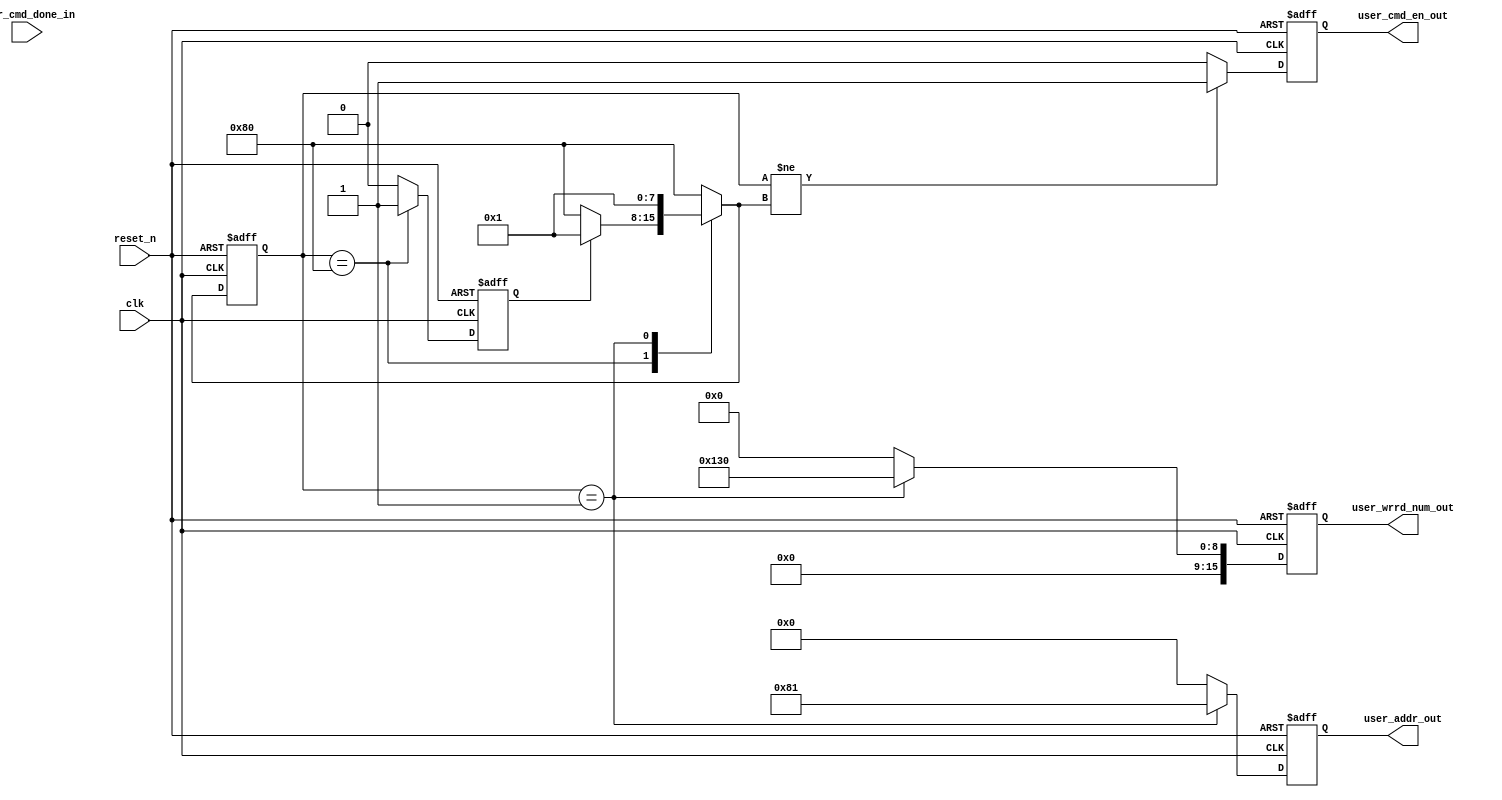
`timescale 1ns/1ps

module configf_user (
    input           clk,
    input           reset_n,

    // whith host 
    input                           user_cmd_done_in, 
    output    reg                   user_cmd_en_out,
    output    reg           [7:0]  user_addr_out ,
    output    reg           [15:0]  user_wrrd_num_out 
);
//------------------------Parameter----------------------
localparam 
        S_IDLE          = 8'b1000_0000,
        S_CRM           = 8'b0000_0001;

localparam
        BW_ADCMODE      = 8'h01;

//------------------------Local signal-------------------
reg     [7:0]       current_state ;
reg     [7:0]       next_state ;
reg                 user_start ;

//------------------------Instantiation------------------

//------------------------Body---------------------------

// FSM
always @ (posedge clk or negedge reset_n)
begin
    if (! reset_n )
        current_state <= S_IDLE;
    else
        current_state <= next_state;
end
always @ *
begin
    case (current_state)
        S_IDLE :
            if ( user_start== 1'b1)
                next_state = S_CRM;
            else
                next_state = S_IDLE;
        S_CRM:
            if( user_cmd_done_in == 1'b1)
                next_state = S_CRM;
            else
                next_state = S_CRM;
                
        default: 
                next_state = S_IDLE ;
    endcase
end

// ++++++++++++ user_start ++++++++//
always @(posedge clk or negedge reset_n)
begin
    if (!reset_n)
        user_start <= 1'b0;
    else
         if ( current_state == S_IDLE )
             user_start <= 1'b1;
         else
             user_start <= 1'b0;
end

//+++++++++++ user_cmd_en_out ++++++++//
always @(posedge clk or negedge reset_n)
begin
    if (!reset_n)
        user_cmd_en_out <= 1'b0;
    else
        if (current_state != next_state )
            user_cmd_en_out <= 1'b1;
        else
            user_cmd_en_out <= 1'b0;
end

//++++++++ user_addr_out +++++++++//
always @(posedge clk or negedge reset_n)
begin
    if (!reset_n)
        user_addr_out <= 8'h00;
    else
        case(current_state)
            S_CRM:
                  user_addr_out <= 8'b1000_0000 | 8'h01;
            default:
                  user_addr_out <= 8'b0;
        endcase
end

//+++++++++ user_wrrd_num_out ++++++//
always @ (posedge clk or negedge reset_n )
begin
    if (! reset_n )
        user_wrrd_num_out <= 16'h0;
    else
        case(current_state)
            S_CRM: //[12] test  [8] BDW [7] B/G  [5-4] STDBY [3-0] ADCMODE
                user_wrrd_num_out <= 16'b0000_0001_0011_0000;
            default:
                user_wrrd_num_out <= 16'b0;
        endcase

end

endmodule